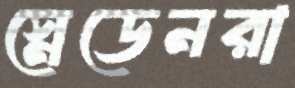
স্নেডেনরা